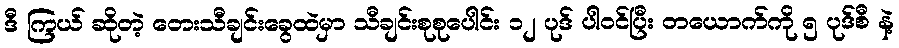
ဒီ ကြယ် ဆိုတဲ့ တေးသီချင်းခွေထဲမှာ သီချင်းစုစုပေါင်း ၁၂ ပုဒ် ပါဝင်ပြီး တယောက်ကို ၅ ပုဒ်စီ နဲ့